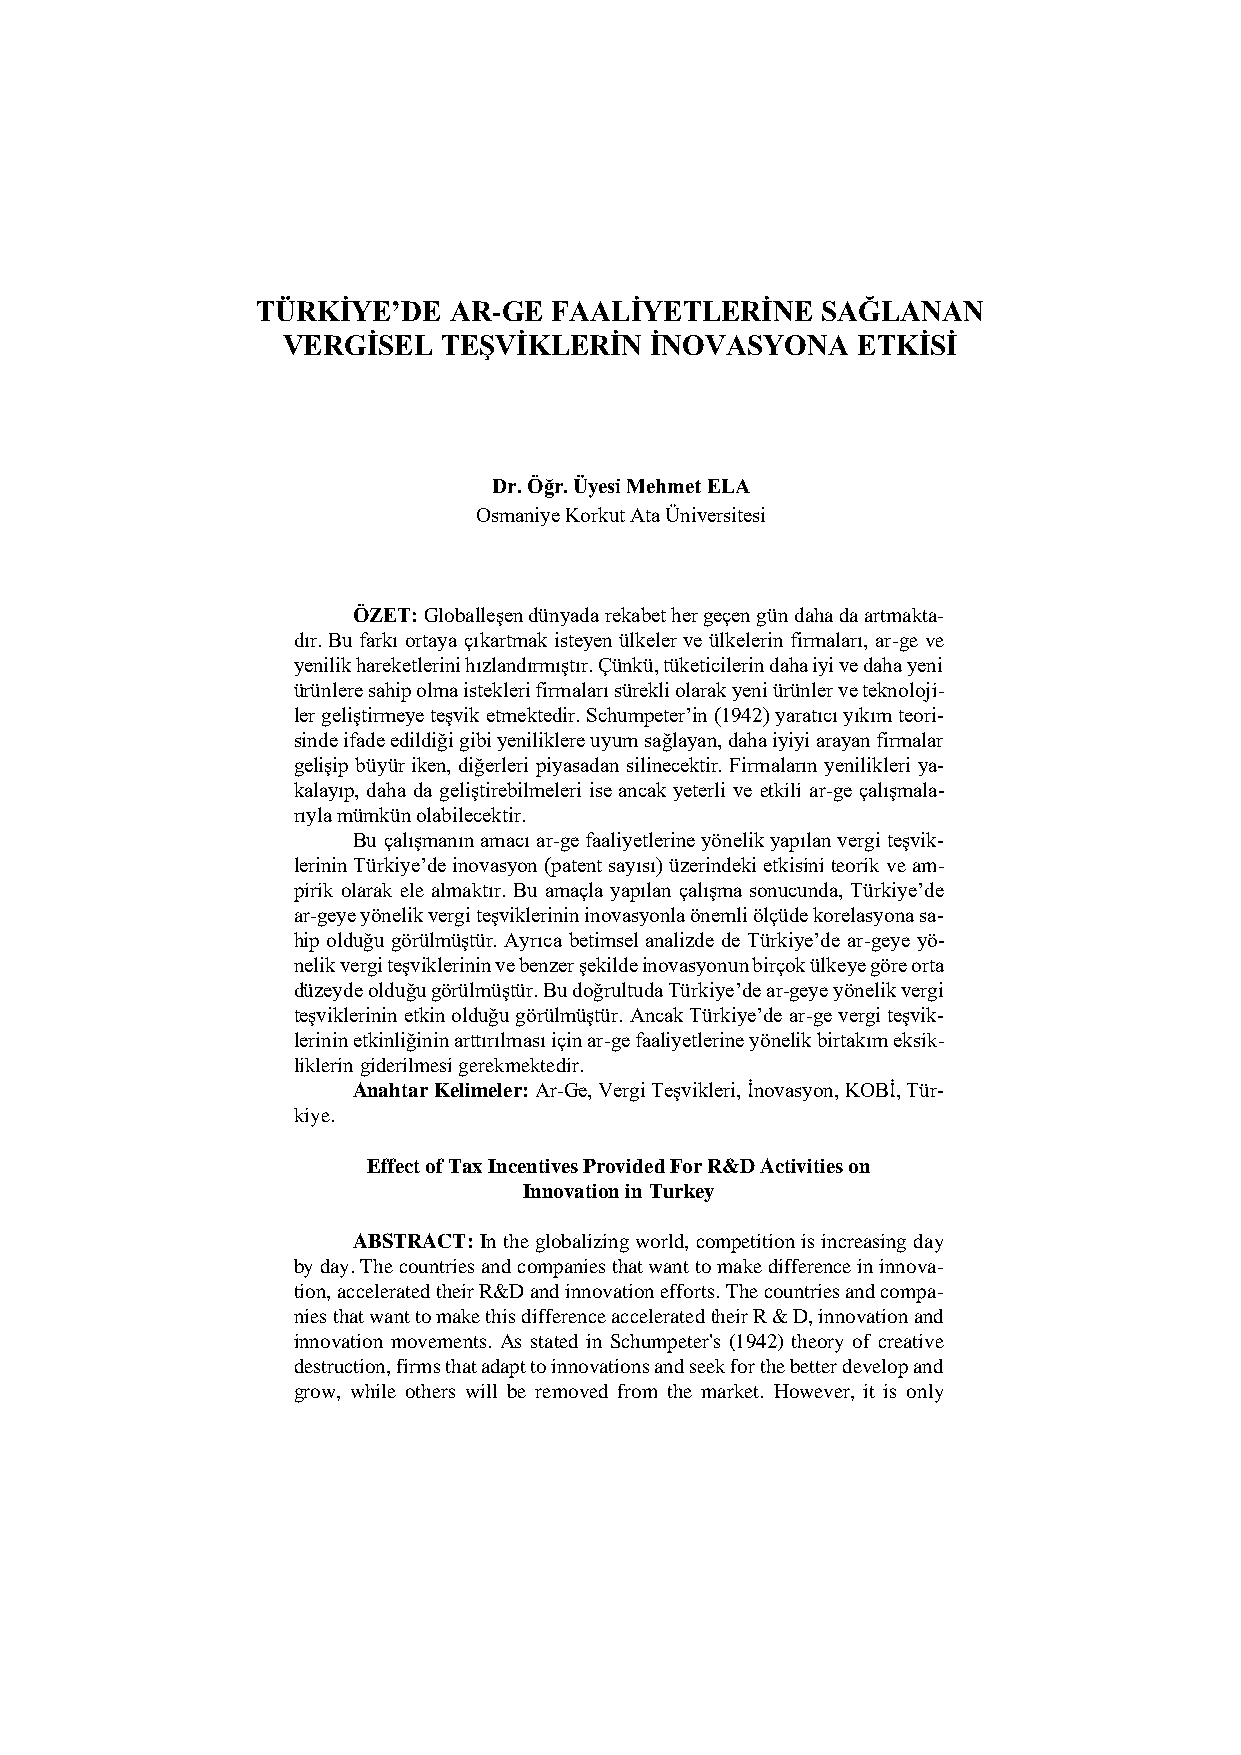
TÜRKİYE’DE   AR-GE FAALİYETLERİNE    SAĞLANAN
 VERGİSEL  TEŞVİKLERİN   İNOVASYONA    ETKİSİ
 Dr. Öğr. Üyesi Mehmet ELA
 Osmaniye Korkut Ata Üniversitesi
 ÖZET: Globalleşen dünyada rekabet her geçen gün daha da artmakta-
 dır. Bu farkı ortaya çıkartmak isteyen ülkeler ve ülkelerin firmaları, ar-ge ve
 yenilik hareketlerini hızlandırmıştır. Çünkü, tüketicilerin daha iyi ve daha yeni
 ürünlere sahip olma istekleri firmaları sürekli olarak yeni ürünler ve teknoloji-
 ler geliştirmeye teşvik etmektedir. Schumpeter’in (1942) yaratıcı yıkım teori-
 sinde ifade edildiği gibi yeniliklere uyum sağlayan, daha iyiyi arayan firmalar
 gelişip büyür iken, diğerleri piyasadan silinecektir. Firmaların yenilikleri ya-
 kalayıp, daha da geliştirebilmeleri ise ancak yeterli ve etkili ar-ge çalışmala-
 rıyla mümkün olabilecektir.
 Bu çalışmanın amacı ar-ge faaliyetlerine yönelik yapılan vergi teşvik-
 lerinin Türkiye’de inovasyon (patent sayısı) üzerindeki etkisini teorik ve am-
 pirik olarak ele almaktır. Bu amaçla yapılan çalışma sonucunda, Türkiye’de
 ar-geye yönelik vergi teşviklerinin inovasyonla önemli ölçüde korelasyona sa-
 hip olduğu görülmüştür. Ayrıca betimsel analizde de Türkiye’de ar-geye yö-
 nelik vergi teşviklerinin ve benzer şekilde inovasyonun birçok ülkeye göre orta
 düzeyde olduğu görülmüştür. Bu doğrultuda Türkiye’de ar-geye yönelik vergi
 teşviklerinin etkin olduğu görülmüştür. Ancak Türkiye’de ar-ge vergi teşvik-
 lerinin etkinliğinin arttırılması için ar-ge faaliyetlerine yönelik birtakım eksik-
 liklerin giderilmesi gerekmektedir.
 Anahtar Kelimeler: Ar-Ge, Vergi Teşvikleri, İnovasyon, KOBİ, Tür-
 kiye.
 Effect of Tax Incentives Provided For R&D Activities on
 Innovation in Turkey
 ABSTRACT: In the globalizing world, competition is increasing day
 by day. The countries and companies that want to make difference in innova-
 tion, accelerated their R&D and innovation efforts. The countries and compa-
 nies that want to make this difference accelerated their R & D, innovation and
 innovation movements. As stated in Schumpeter's (1942) theory of creative
 destruction, firms that adapt to innovations and seek for the better develop and
 grow, while others will be removed from the market. However, it is only